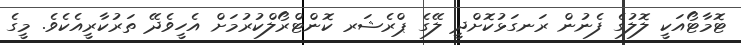
ޓޮމާޓޯއަކީ ލޮލުގެ ފެނުން ރަނގަޅުކޮށްދީ ލޭގެ ޕްރެޝަރ ކޮންޓްރޯލްކުރުމަށް އެހީވެދޭ ތަރުކާރީއެކެވެ. މީގެ